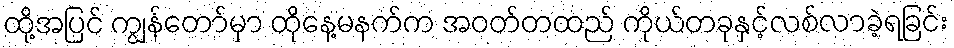
ထို့အပြင် ကျွန်တော်မှာ ထိုနေ့မနက်က အဝတ်တထည် ကိုယ်တခုနှင့်လစ်လာခဲ့ရခြင်း